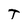
Character: T